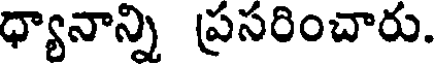
ధ్యానాన్ని ప్రసరించారు.